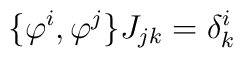
\{\varphi ^{i},\varphi ^{j}\}J_{jk}=\delta _{k}^{i}